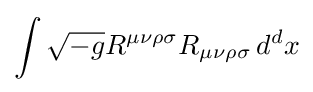
\int {\sqrt {-g}}R^{\mu \nu \rho \sigma }R_{\mu \nu \rho \sigma }\,d^{d}x